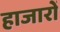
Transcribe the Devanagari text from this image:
हाजारों